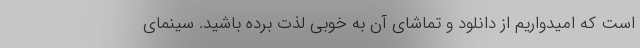
است که امیدواریم از دانلود و تماشای آن به خوبی لذت برده باشید. سینمای